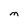
Character: m